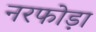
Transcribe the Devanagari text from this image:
नरफोड़ा